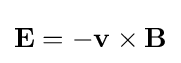
\mathbf {E} =-\mathbf {v} \times \mathbf {B}